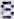
8F